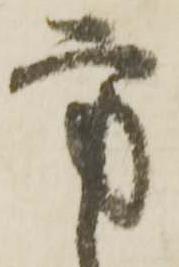
方